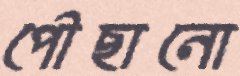
পৌছানো